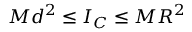
M d ^ { 2 } \leq I _ { C } \leq M R ^ { 2 }